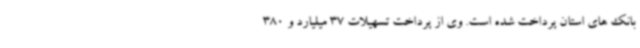
بانک های استان پرداخت شده است. وی از پرداخت تسهیلات 37 میلیارد و 380